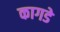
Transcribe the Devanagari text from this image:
कागडे